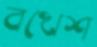
বখেশ